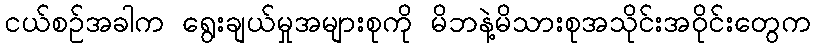
ငယ်စဉ်အခါက ရွေးချယ်မှုအများစုကို မိဘနဲ့မိသားစုအသိုင်းအဝိုင်းတွေက